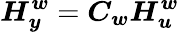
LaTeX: \boldsymbol{H_{y}^{w}}=\boldsymbol{C_{w}}\boldsymbol{H_{u}^{w}}